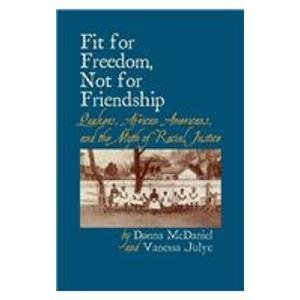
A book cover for Fit for Freedom, Not for Friendship: Quakers, African Americans, and the Myth of Racial Justice; Donna McDaniel; Christian Books & Bibles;